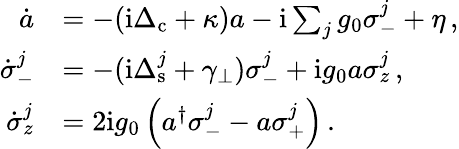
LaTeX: \begin{array}{rl}{\dot{a}}&{=-(\mathrm{i}\Delta_{\mathrm{c}}+\kappa)a-\mathrm{i}\sum_{j}g_{0}\sigma_{-}^{j}+\eta\, ,}\\ {\dot{\sigma}_{-}^{j}}&{=-(\mathrm{i}\Delta_{\mathrm{s}}^{j}+\gamma_{\perp})\sigma_{-}^{j}+\mathrm{i}g_{0}a\sigma_{z}^{j}\, ,}\\ {\dot{\sigma}_{z}^{j}}&{=2\mathrm{i}g_{0}\left(a^{\dagger}\sigma_{-}^{j}-a\sigma_{+}^{j}\right)\, .}\end{array}